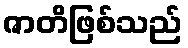
ဇာတိဖြစ်သည်